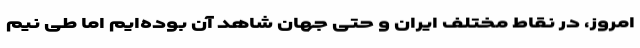
امروز، در نقاط مختلف ایران و حتی جهان شاهد آن بوده‌ایم اما طی نیم